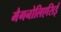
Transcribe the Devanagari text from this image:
मैगनोलिएसिई